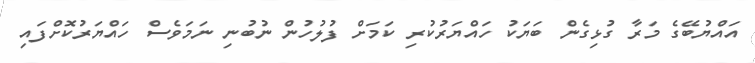
އައްޔުބޭގެ މަރާ ގުޅިގެން ބަޔަކު ހައްޔަރުކުރި ކަމަށް ފުލުހުން ނުބުނި ނަމަވެސް ހައްޔަރުކޮށްފައި